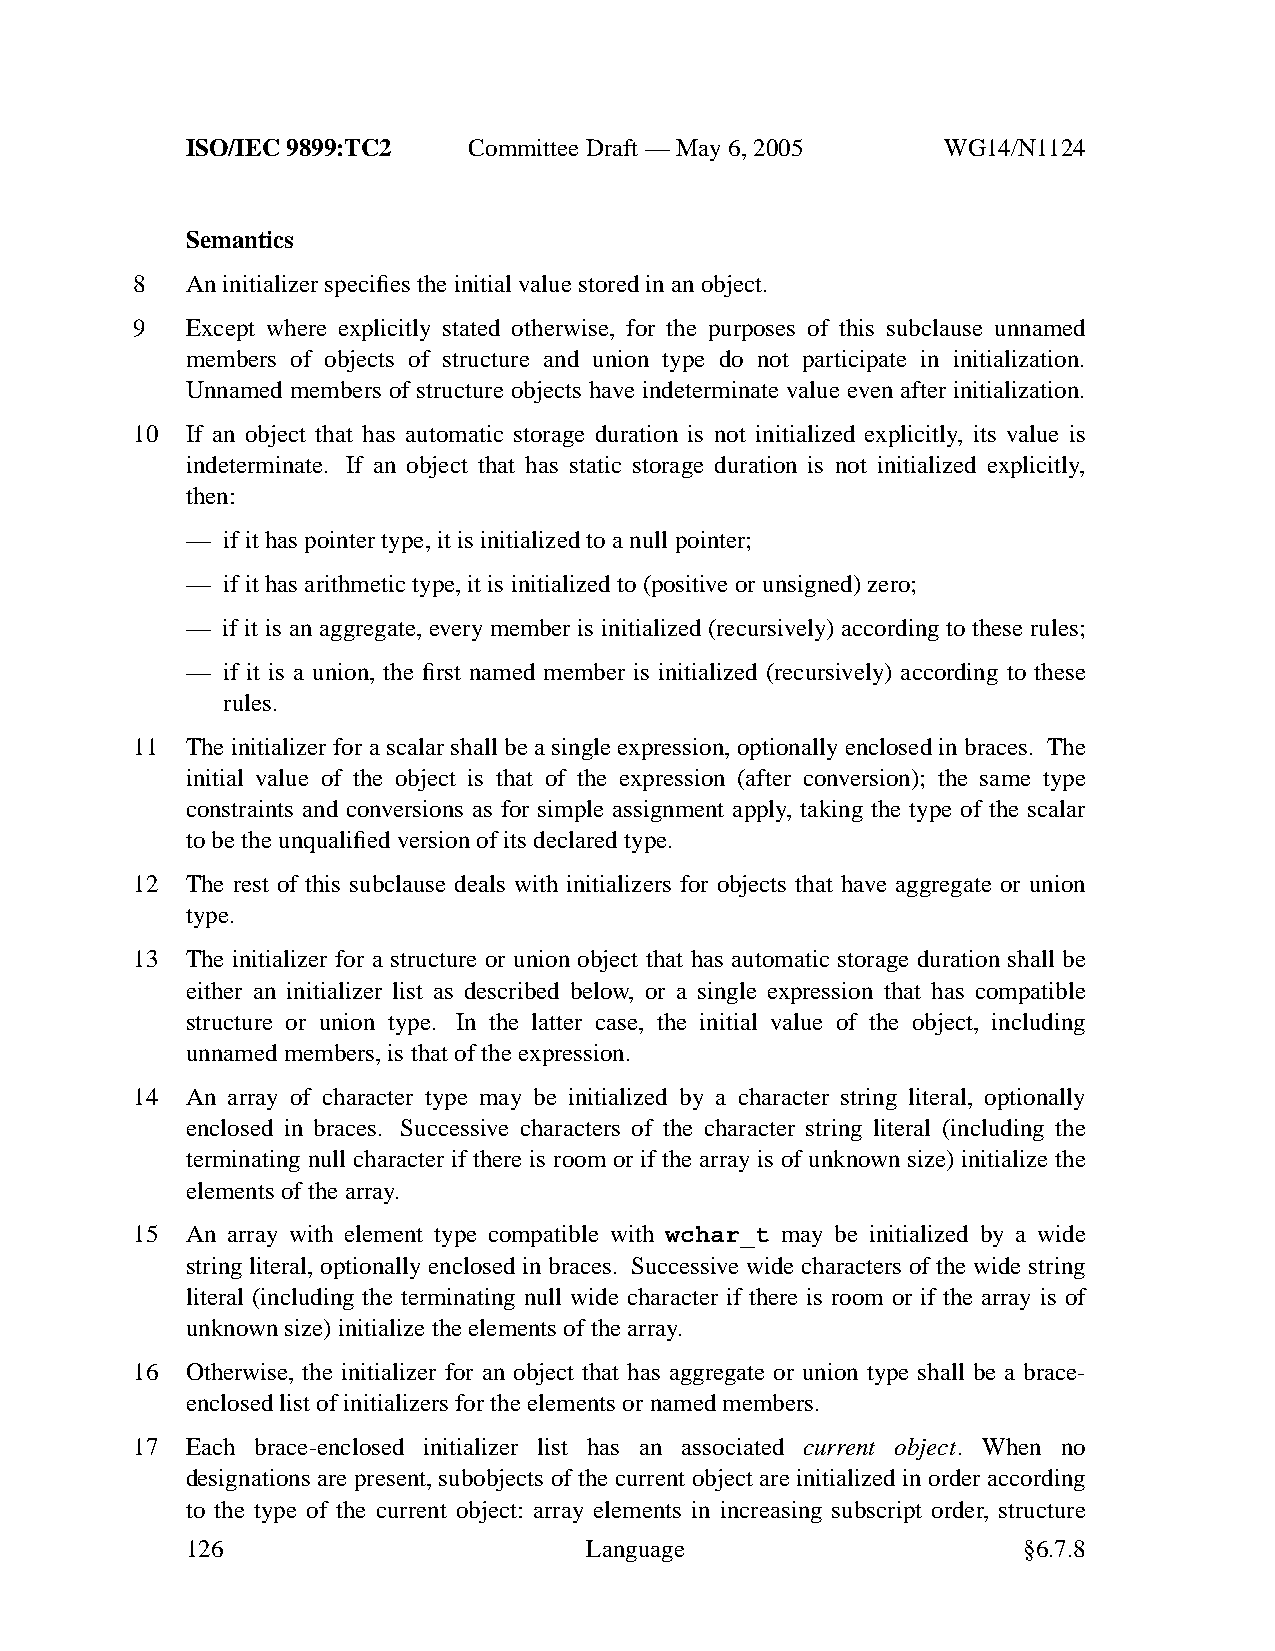
ISO/IEC 9899:TC2   Committee Draft — May 6, 2005   WG14/N1124
 Semantics
 8  An initializer specifies the initial value stored in an object.
 9  Except where explicitly stated otherwise, for the purposes of this subclause unnamed
 members of objects of structure and union type do not participate in initialization.
 Unnamed members of structure objects have indeterminate value even after initialization.
 10 If an object that has automatic storage duration is not initialized explicitly, its value is
 indeterminate. If an object that has static storage duration is not initialized explicitly,
 then:
 —  ifithas pointer type, it is initialized to a null pointer;
 —  ifithas arithmetic type, it is initialized to (positive orunsigned) zero;
 —  if it is an aggregate, every member is initialized (recursively) according to these rules;
 —  if it is a union, the first named member is initialized (recursively) according to these
 rules.
 11 The initializer for a scalar shall be a single expression, optionally enclosed in braces. The
 initial value of the object is that of the expression (after conversion); the same type
 constraints and conversions as for simple assignment apply, taking the type of the scalar
 to be the unqualified version of its declared type.
 12 The rest of this subclause deals with initializers for objects that have aggregate or union
 type.
 13 The initializer for a structure or union object that has automatic storage duration shall be
 either an initializer list as described below, or a single expression that has compatible
 structure or union type. In the latter case, the initial value of the object, including
 unnamed members, is that of the expression.
 14 An array of character type may be initialized by a character string literal, optionally
 enclosed in braces. Successive characters of the character string literal (including the
 terminating null character if there is room or if the array is of unknown size) initialize the
 elements of the array.
 15 An array with element type compatible with wchar_t may be initialized by a wide
 string literal, optionally enclosed in braces. Successive wide characters of the wide string
 literal (including the terminating null wide character if there is room or if the array is of
 unknown size) initialize the elements of the array.
 16 Otherwise, the initializer for an object that has aggregate or union type shall be a brace-
 enclosed list of initializers for the elements or named members.
 17 Each brace-enclosed initializer list has an associated current object. When no
 designations are present, subobjects of the current object are initialized in order according
 to the type of the current object: array elements in increasing subscript order, structure
 126                        Language                     §6.7.8